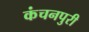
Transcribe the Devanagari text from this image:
कंचनपुरी